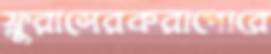
ফ্লুরাসেরকরাপোরে